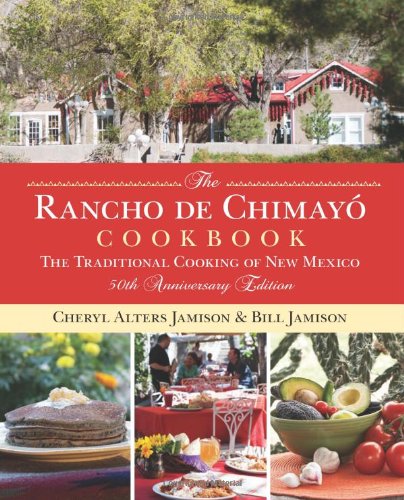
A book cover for Rancho de Chimayo Cookbook: The Traditional Cooking Of New Mexico; Cheryl Jamison; Cookbooks, Food & Wine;